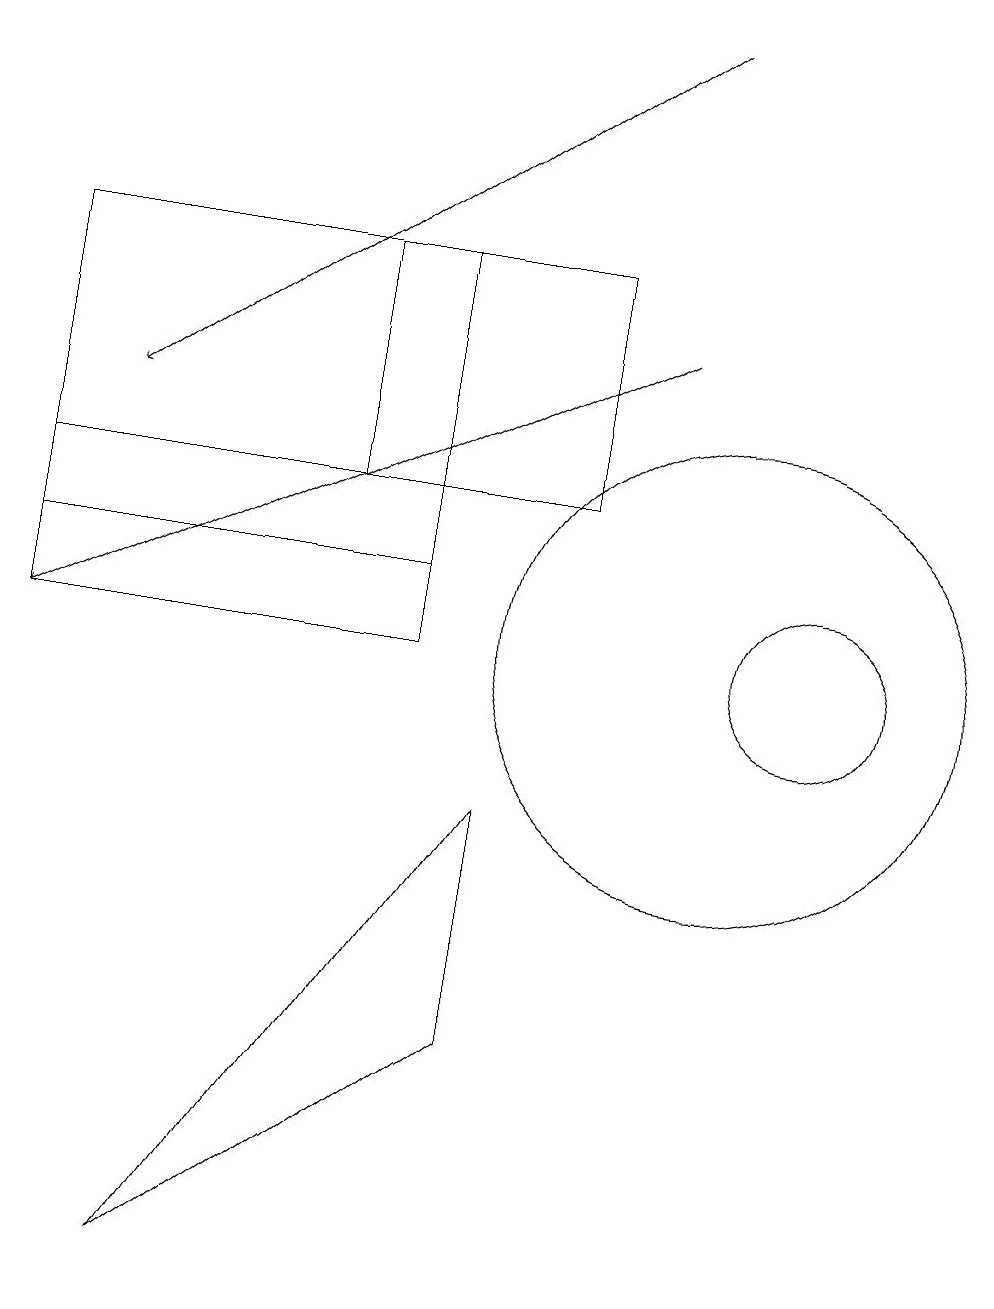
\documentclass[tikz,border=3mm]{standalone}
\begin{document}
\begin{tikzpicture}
\draw[->] (9,19) -- (2,14);
\draw (11,11) circle (1);
\draw (10,11) circle (3);
\draw (8,13) rectangle (5,16);
\draw[->] (9,15) -- (1,11);
\draw (7,6) -- (7,9) -- (3,3) -- cycle;
\draw (6,16) rectangle (1,12);
\draw (6,11) rectangle (1,13);
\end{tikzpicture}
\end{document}